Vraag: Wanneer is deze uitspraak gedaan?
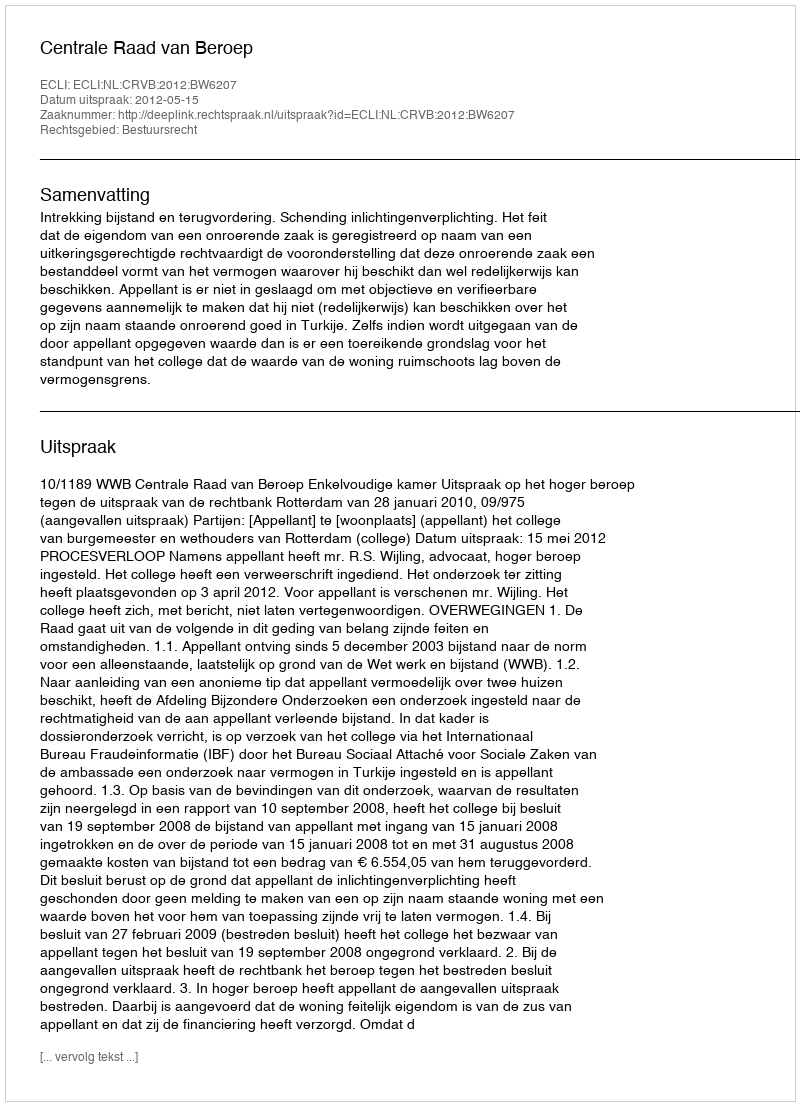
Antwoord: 2012-05-15